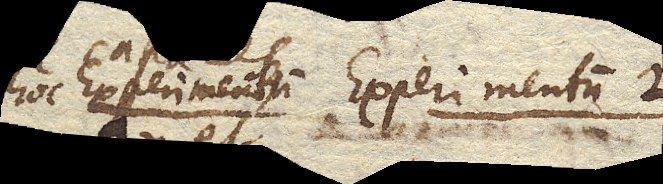
hoc Experimentum Experimentum